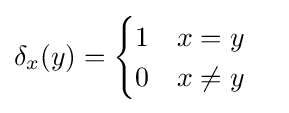
\delta _{x}(y)={\begin{cases}1\quad x=y\\0\quad x\neq y\end{cases}}